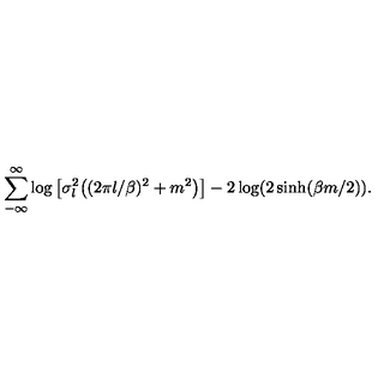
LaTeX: \sum _ { - \infty } ^ { \infty } \log \big [ \sigma _ { l } ^ { 2 } \big ( ( 2 \pi l / \beta ) ^ { 2 } + m ^ { 2 } \big ) \big ] - 2 \log ( 2 \sinh ( \beta m / 2 ) ) .